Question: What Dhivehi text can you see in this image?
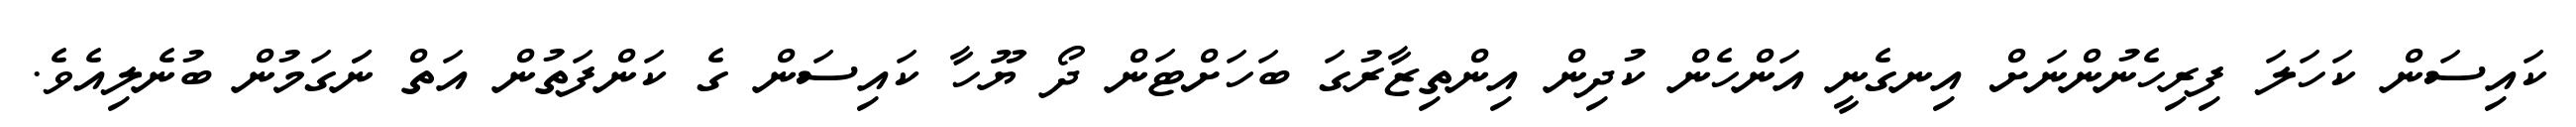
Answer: ކައިސަން ކަހަލަ ފިރިހެނުންނަށް އިނގެނީ އަންހެން ކުދިން އިންތިޒާރުގަ ބަހަށްޓަން ދޯ ޔޫހާ ކައިސަން ގެ ކަންފަތުން އަތް ނަަގަމުން ބުނެލިއެވެ.